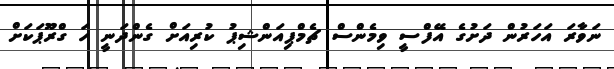
ނަވާރަ އަހަރުން ދަށުގެ އޭފްސީ ވިމެންސް ޗެމްޕިއަންޝިޕު ކުރިއަށް ގެންދަނީ ހަ ގްރޫޕަކަށް